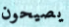
يصيحون